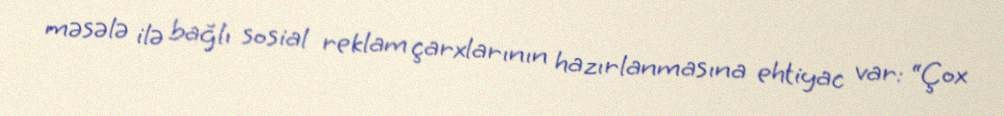
məsələ ilə bağlı sosial reklam çarxlarının hazırlanmasına ehtiyac var: “Çox